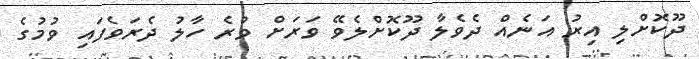
ދޫކޮށްލި އިރު އަނެއް ދެވެލާ ދޫކޮށްލެވޭ ވަރަށް ވުރެ ހާލު ދެރަވެފައި ވުމުގެ